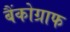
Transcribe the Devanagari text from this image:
बैंकोग्राफ